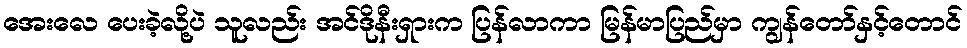
အေးလေ ပေးခဲ့လို့ပဲ သူလည်း အင်ဒိုနီးရှားက ပြန်လာကာ မြန်မာပြည်မှာ ကျွန်တော်နှင့်တောင်